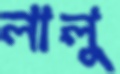
লালু